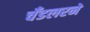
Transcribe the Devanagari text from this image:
चँडलरने